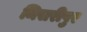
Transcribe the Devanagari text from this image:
मिसरीपुर